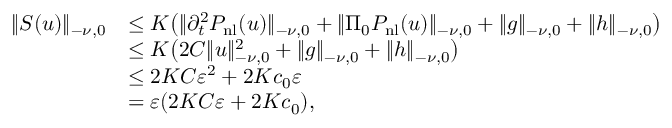
\begin{array} { r l } { \lVert S ( u ) \rVert _ { - \nu , 0 } } & { \le K \bigl ( \lVert \partial _ { t } ^ { 2 } P _ { \mathrm { n l } } ( u ) \rVert _ { - \nu , 0 } + \lVert \Pi _ { 0 } P _ { \mathrm { n l } } ( u ) \rVert _ { - \nu , 0 } + \lVert g \rVert _ { - \nu , 0 } + \lVert h \rVert _ { - \nu , 0 } \bigr ) } \\ & { \le K \bigl ( 2 C \lVert u \rVert _ { - \nu , 0 } ^ { 2 } + \lVert g \rVert _ { - \nu , 0 } + \lVert h \rVert _ { - \nu , 0 } \bigr ) } \\ & { \le 2 K C \varepsilon ^ { 2 } + 2 K c _ { 0 } \varepsilon } \\ & { = \varepsilon ( 2 K C \varepsilon + 2 K c _ { 0 } ) , } \end{array}